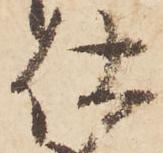
仕